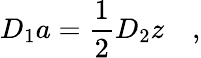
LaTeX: D_{1}a=\frac 12D_{2}z\quad,